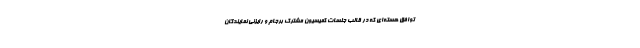
توافق هسته‌ای که در قالب جلسات کمیسیون مشترک برجام و رایزنی نمایندگان